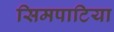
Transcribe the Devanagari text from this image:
सिमपाटिया